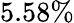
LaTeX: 5.58\%